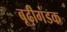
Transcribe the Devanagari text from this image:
बूढ़ीगंडक